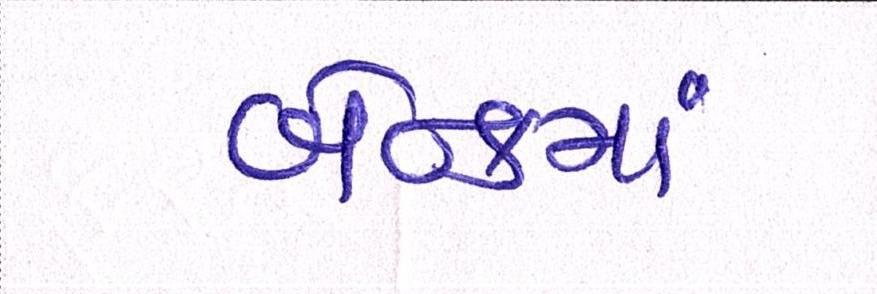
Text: બૅન્કમાં